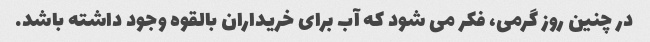
در چنین روز گرمی، فکر می شود که آب برای خریداران بالقوه وجود داشته باشد.